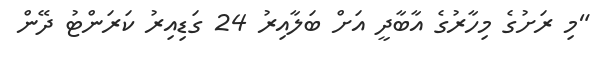
"މި ރަށުގެ މިހާރުގެ އާބާދީ އަށް ބަލާއިރު 24 ގަޑިއިރު ކަރަންޓު ދޭން